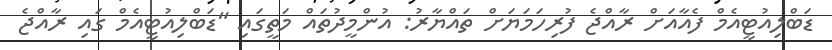
ޑަބްލިއުޓީއެމް ފެއާއަށް ރާއްޖެ ފުރިހަމަޔަށް ތައްޔާރު: އުންމީދުތައް މަތީގައި "ޑަބްލިއުޓީއެމް ގައި ރާއްޖެ